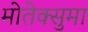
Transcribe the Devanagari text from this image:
मोतेक्सुमा